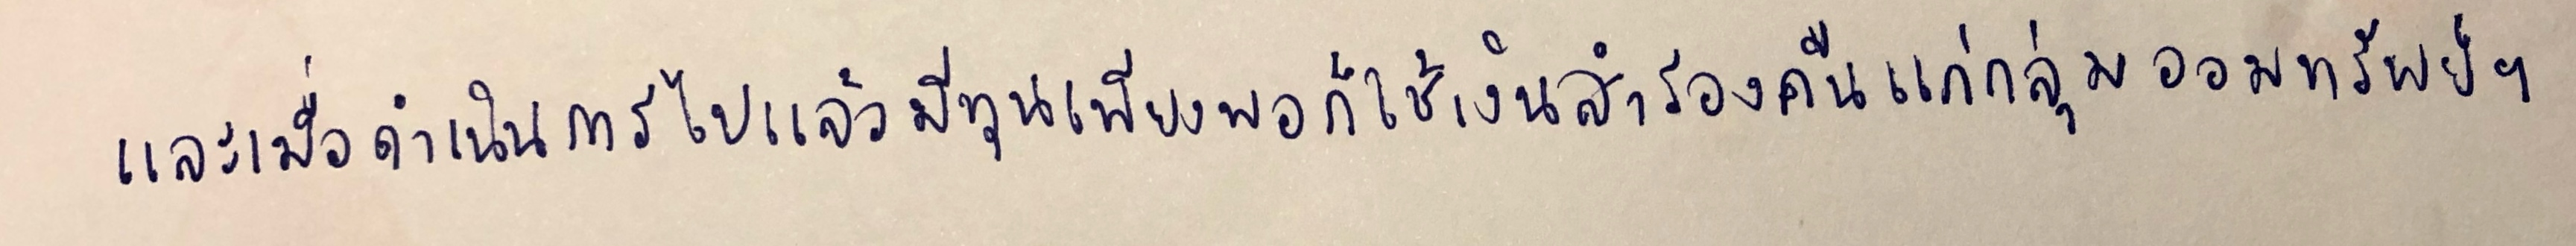
และเมื่อดำเนินการไปแล้วมีทุนเพียงพอก็ใช้เงินสำรองคืนแก่กลุ่มออมทรัพย์ฯ